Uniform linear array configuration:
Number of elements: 48
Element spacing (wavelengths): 0.25
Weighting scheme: kaiser
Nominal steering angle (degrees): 15
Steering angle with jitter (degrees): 13.426
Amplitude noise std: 0.05
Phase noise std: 0.05

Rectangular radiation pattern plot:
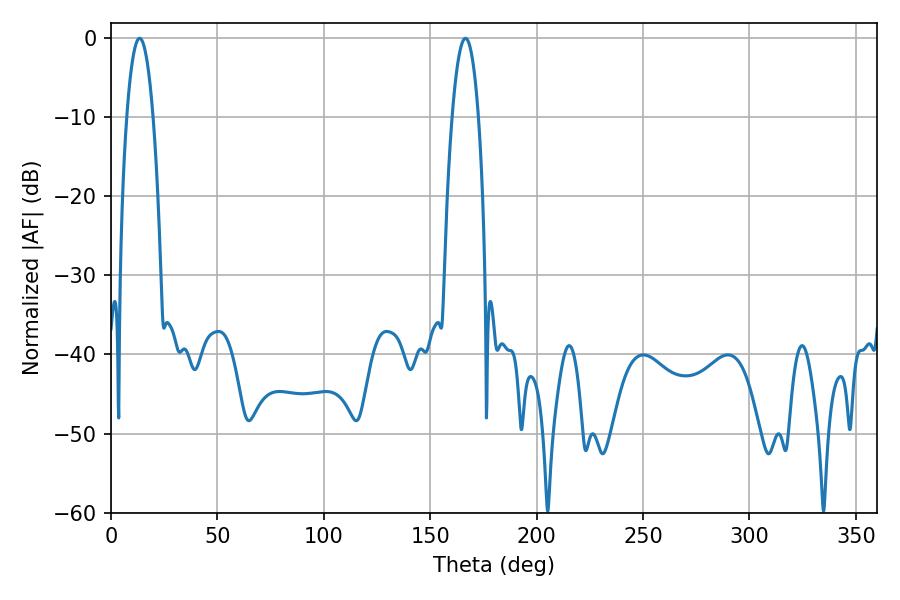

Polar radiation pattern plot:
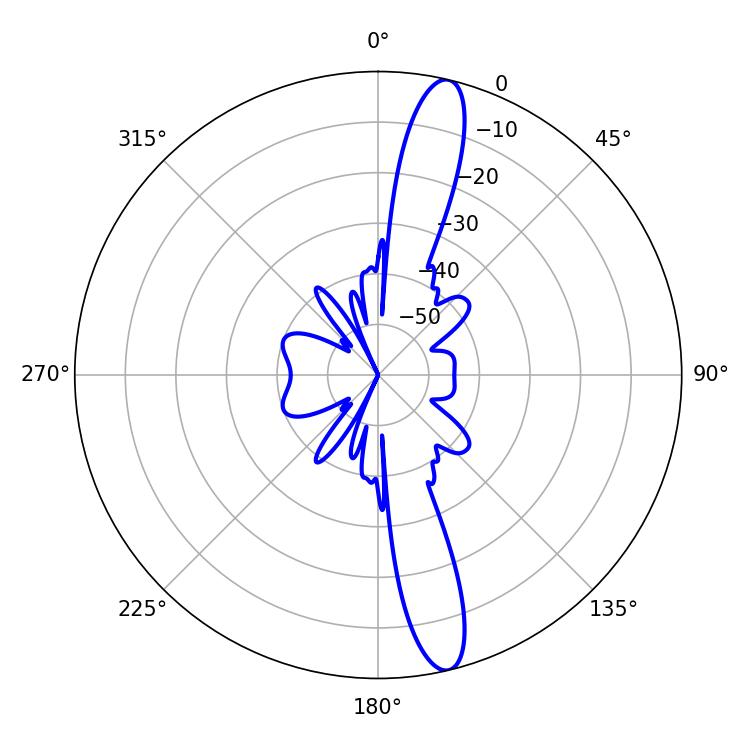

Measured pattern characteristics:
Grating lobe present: FALSE
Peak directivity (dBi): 15.23
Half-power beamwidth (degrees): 6.84
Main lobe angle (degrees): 13.5